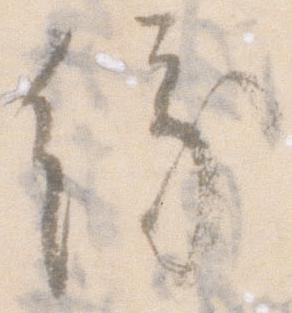
縁